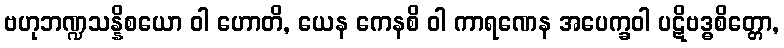
ဗဟုဘဏ္ဍသန္နိစယော ဝါ ဟောတိ, ယေန ကေနစိ ဝါ ကာရဏေန အပေက္ခဝါ ပဋိဗဒ္ဓစိတ္တော,